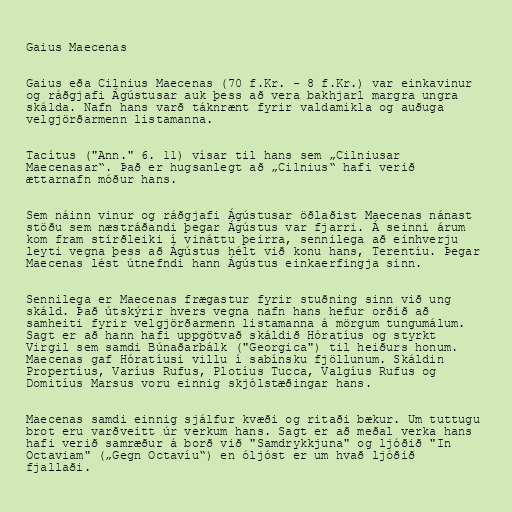
Gaius Maecenas

Gaius eða Cilnius Maecenas (70 f.Kr. - 8 f.Kr.) var einkavinur
og ráðgjafi Ágústusar auk þess að vera bakhjarl margra ungra
skálda. Nafn hans varð táknrænt fyrir valdamikla og auðuga
velgjörðarmenn listamanna.

Tacítus ("Ann." 6. 11) vísar til hans sem „Cilniusar
Maecenasar“. Það er hugsanlegt að „Cilnius“ hafi verið
ættarnafn móður hans.

Sem náinn vinur og ráðgjafi Ágústusar öðlaðist Maecenas nánast
stöðu sem næstráðandi þegar Ágústus var fjarri. Á seinni árum
kom fram stirðleiki í vináttu þeirra, sennilega að einhverju
leyti vegna þess að Ágústus hélt við konu hans, Terentíu. Þegar
Maecenas lést útnefndi hann Ágústus einkaerfingja sinn.

Sennilega er Maecenas frægastur fyrir stuðning sinn við ung
skáld. Það útskýrir hvers vegna nafn hans hefur orðið að
samheiti fyrir velgjörðarmenn listamanna á mörgum tungumálum.
Sagt er að hann hafi uppgötvað skáldið Hóratíus og styrkt
Virgil sem samdi Búnaðarbálk ("Georgica") til heiðurs honum.
Maecenas gaf Hóratíusi villu í sabínsku fjöllunum. Skáldin
Propertíus, Varíus Rufus, Plotíus Tucca, Valgíus Rufus og
Domitíus Marsus voru einnig skjólstæðingar hans.

Maecenas samdi einnig sjálfur kvæði og ritaði bækur. Um tuttugu
brot eru varðveitt úr verkum hans. Sagt er að meðal verka hans
hafi verið samræður á borð við "Samdrykkjuna" og ljóðið "In
Octaviam" („Gegn Octavíu“) en óljóst er um hvað ljóðið
fjallaði.